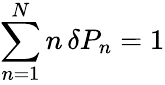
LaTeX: \sum_{n=1}^{N}n\, \delta P_{n}=1